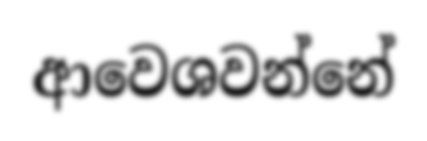
ආවෙශවන්නේ